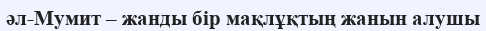
әл-Мумит – жанды бір мақлұқтың жанын алушы